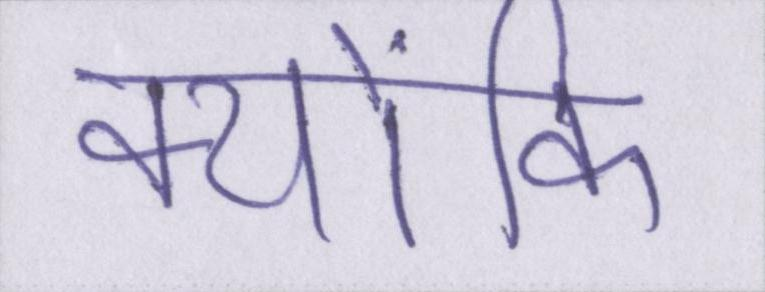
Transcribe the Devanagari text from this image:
क्योंकि